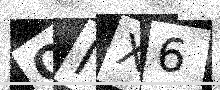
Text: OIX6